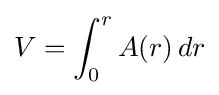
V=\int _{0}^{r}A(r)\,dr